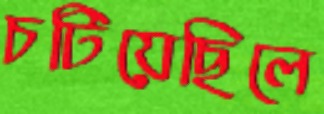
চটিয়েছিলে